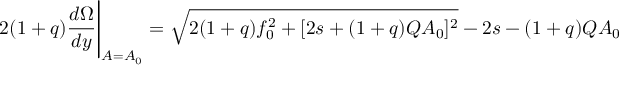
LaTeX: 2 ( 1 + q ) \frac { d \Omega } { d y } \Bigg \vert _ { A = A _ { 0 } } = \sqrt { 2 ( 1 + q ) f _ { 0 } ^ { 2 } + [ 2 s + ( 1 + q ) Q A _ { 0 } ] ^ { 2 } } - 2 s - ( 1 + q ) Q A _ { 0 }